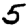
Digit: 5